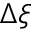
\Delta \xi